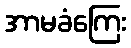
အာမခံကြေး